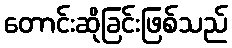
တောင်းဆိုခြင်းဖြစ်သည်